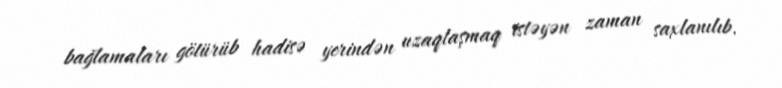
bağlamaları götürüb hadisə yerindən uzaqlaşmaq istəyən zaman saxlanılıb.